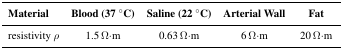
| Material | Blood (37 °C) | Saline (22 °C) | Arterial Wall | Fat |
 | --- | --- | --- | --- | --- |
 | resistivity ρ | 1.5 Ω·m | 0.63 Ω·m | 6 Ω·m | 20 Ω·m |